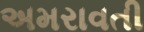
અમરાવતી